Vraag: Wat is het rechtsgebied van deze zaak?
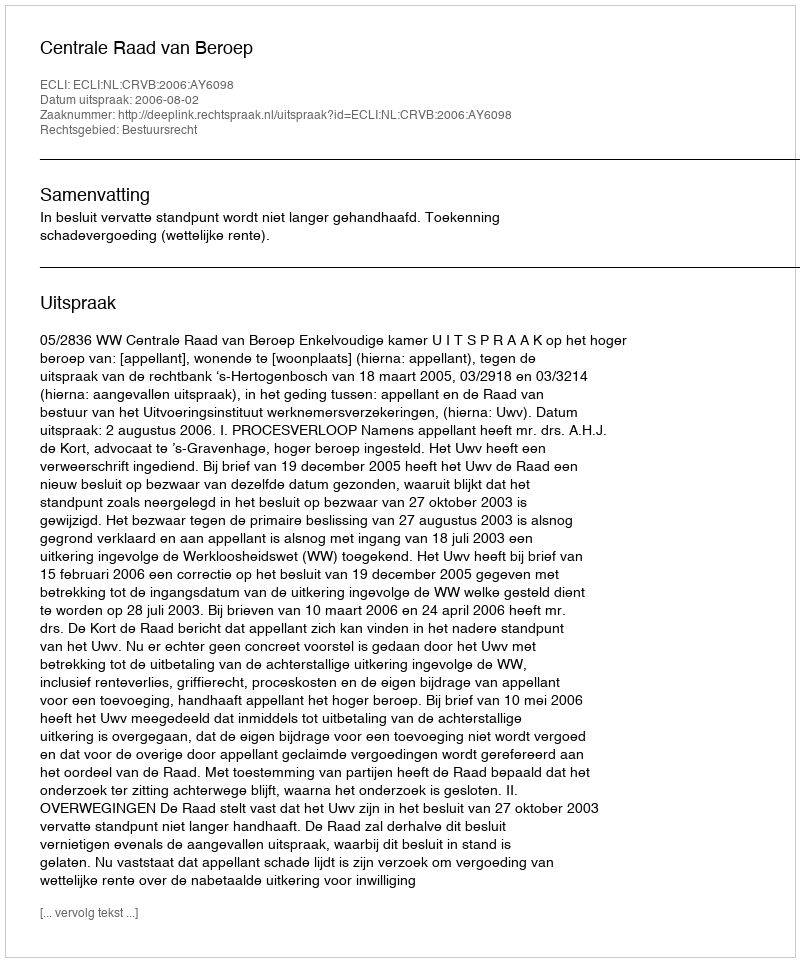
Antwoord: Bestuursrecht